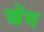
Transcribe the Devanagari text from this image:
खेंच